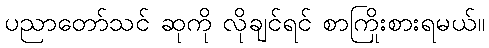
ပညာတော်သင် ဆုကို လိုချင်ရင် စာကြိုးစားရမယ်။